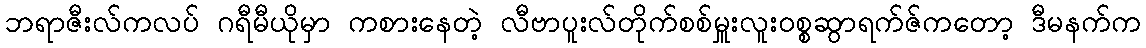
ဘရာဇီးလ်ကလပ် ဂရီမီယိုမှာ ကစားနေတဲ့ လီဗာပူးလ်တိုက်စစ်မှူးလူး၀စ္စဆွာရက်ဇ်ကတော့ ဒီမနက်က